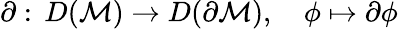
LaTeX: \partial:\, D({\cal M})\rightarrow D(\partial{\cal M}),\quad\phi\mapsto\partial\phi